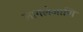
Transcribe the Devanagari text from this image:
लागलेआणि